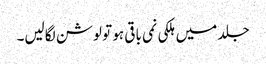
جلد میں ہلکی نمی باقی ہو تو لوشن لگالیں۔